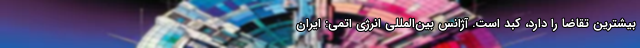
بیشترین تقاضا را دارد، کبد است. آژانس بین‌المللی انرژی اتمی: ایران